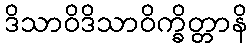
ဒိသာဝိဒိသာဝိက္ခိတ္တာနိ